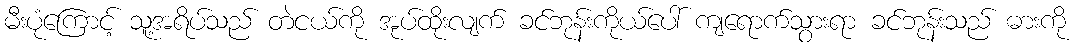
မီးပုံကြောင့် သူ့အရိပ်သည် တဲငယ်ကို အုပ်ထိုးလျက် ခင်ဘုန်းကိုယ်ပေါ် ကျရောက်သွားရာ ခင်ဘုန်းသည် ဓားကို